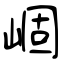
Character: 崓